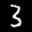
Label: 3